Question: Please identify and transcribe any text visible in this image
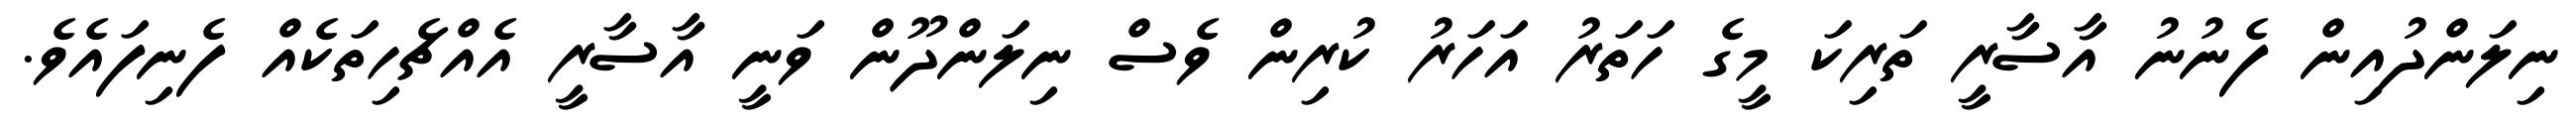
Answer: ނިލަންދުއިން ފެނުނު އާސާރީ ތަރިކަ މީގެ ހަތަރު އަހަރު ކުރިން ވެސް ނިލަންދޫން ވަނީ އާސާރީ އެއްޗެހިތަކެއް ފެނިފައެވެ.